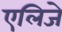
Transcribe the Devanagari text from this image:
एलिजे